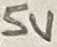
Text: 5V